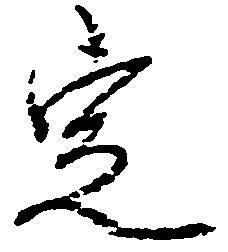
定